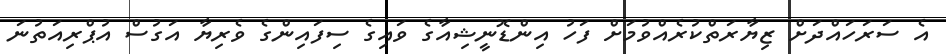
އެ ސަރަހައްދަށް ޒިޔާރަތްކުރެއްވުމަށް ފަހު އިންޑޮނީޝިއާގެ ވައިގެ ސިފައިންގެ ވެރިޔާ އަގުސް އުޕްރިއަތުނަ